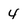
Character: 4